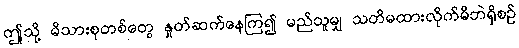
ဤသို့ မိသားစုတစ်တွေ နှုတ်ဆက်နေကြ၍ မည်သူမျှ သတိမထားလိုက်မိဘဲရှိစဉ်